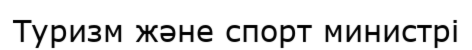
Туризм және спорт министрі